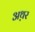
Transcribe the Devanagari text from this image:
अथ़र